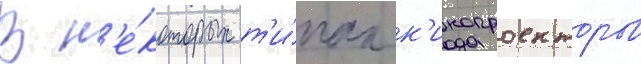
В н'е́которых т'и́пах к'инопроекторов